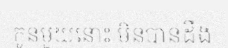
កូនមួយនោះ មិនបានដឹង